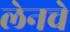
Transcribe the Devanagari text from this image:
लेनचे